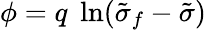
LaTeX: \phi=q\; \ln(\tilde{\sigma}_{f}-\tilde{\sigma})